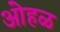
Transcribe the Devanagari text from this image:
ओहळ